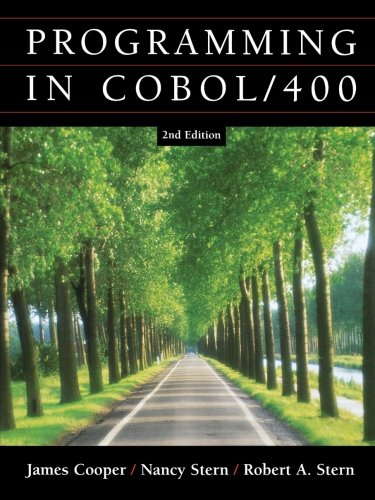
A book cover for Programming In COBOL / 400; James Cooper; Computers & Technology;